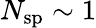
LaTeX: N_{\mathrm{sp}}\sim 1